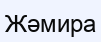
Жәмира